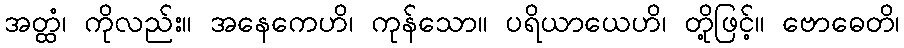
အတ္ထံ၊ ကိုလည်း။ အနေကေဟိ၊ ကုန်သော။ ပရိယာယေဟိ၊ တို့ဖြင့်။ ဗောဓေတိ၊